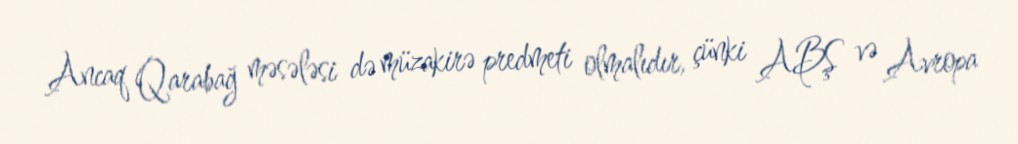
Ancaq Qarabağ məsələsi də müzakirə predmeti olmalıdır, çünki ABŞ və Avropa